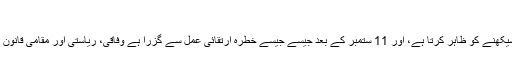
‘‘
جانسن نے کہا کہ ہر حملہ یا حملے کی کوشش ایک سبق سیکھنے کو ظاہر کرتا ہے، اور 11 ستمبر کے بعد جیسے جیسے خطرہ ارتقائی عمل سے گزرا ہے وفاقی، ریاستی اور مقامی قانون نافذ کرنے والے اداروں کے درمیان قریبی تعاون بڑھا ہے۔